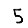
Digit: 5